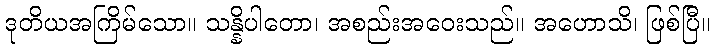
ဒုတိယအကြိမ်သော။ သန္နိပါတော၊ အစည်းအဝေးသည်။ အဟောသိ၊ ဖြစ်ပြီ။